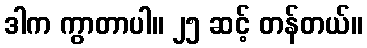
ဒါက ကွာတာပါ။ ၂၅ ဆင့် တန်တယ်။